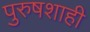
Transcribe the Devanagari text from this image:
पुरुषशाही